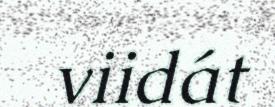
viidát